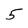
Character: 5